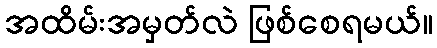
အထိမ်းအမှတ်လဲ ဖြစ်စေရမယ်။